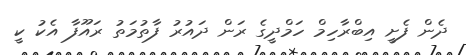
ދެން ފެށީ އިބްރާހިމް ހަމްދީގެ ރަން ދައުރު ފާތުމަތު ރައޫފާ އެކު ކީ